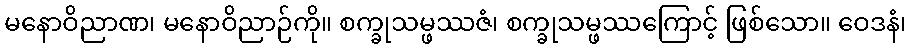
မနောဝိညာဏ၊ မနောဝိညာဉ်ကို။ စက္ခုသမ္ဖဿဇံ၊ စက္ခုသမ္ဖဿကြောင့် ဖြစ်သော။ ဝေဒနံ၊